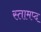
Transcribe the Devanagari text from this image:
स्तामप्द